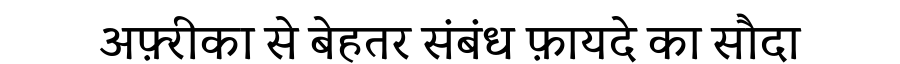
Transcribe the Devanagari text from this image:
अफ़्रीका से बेहतर संबंध फ़ायदे का सौदा